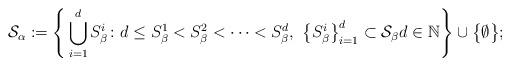
LaTeX: \begin{align*} \mathcal{S}_{\alpha}:=\Bigg\{ \bigcup_{i=1}^{d} S^{i}_{\beta}\colon d \leq S^{1}_{\beta} < S^{2}_{\beta} < \cdots < S^{d}_{\beta},\,\, \big\{ S^{i}_{\beta} \big\}_{i=1}^d \subset \mathcal{S}_{\beta} d \in \mathbb{N} \Bigg\} \cup\big\{\emptyset\big\}; \end{align*}